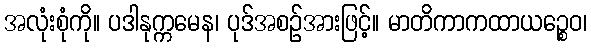
အလုံးစုံကို။ ပဒါနုက္ကမေန၊ ပုဒ်အစဉ်အားဖြင့်။ မာတိကာကထာယဉ္စေဝ၊